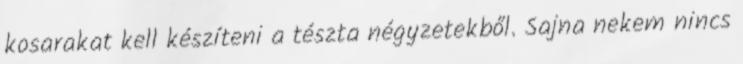
kosarakat kell készíteni a tészta négyzetekből. Sajna nekem nincs